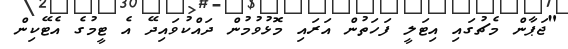
"ޖަޕާން މެޗުގައި އިޓަލީ ފަހަތުން އަރައި މޮޅުވުމުން ދައްކުވައިދޭ އެ ޓީމުގެ އެޓޭކިން